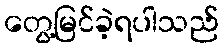
တွေ့မြင်ခဲ့ရပါသည်